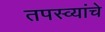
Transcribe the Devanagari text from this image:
तपस्व्यांचे